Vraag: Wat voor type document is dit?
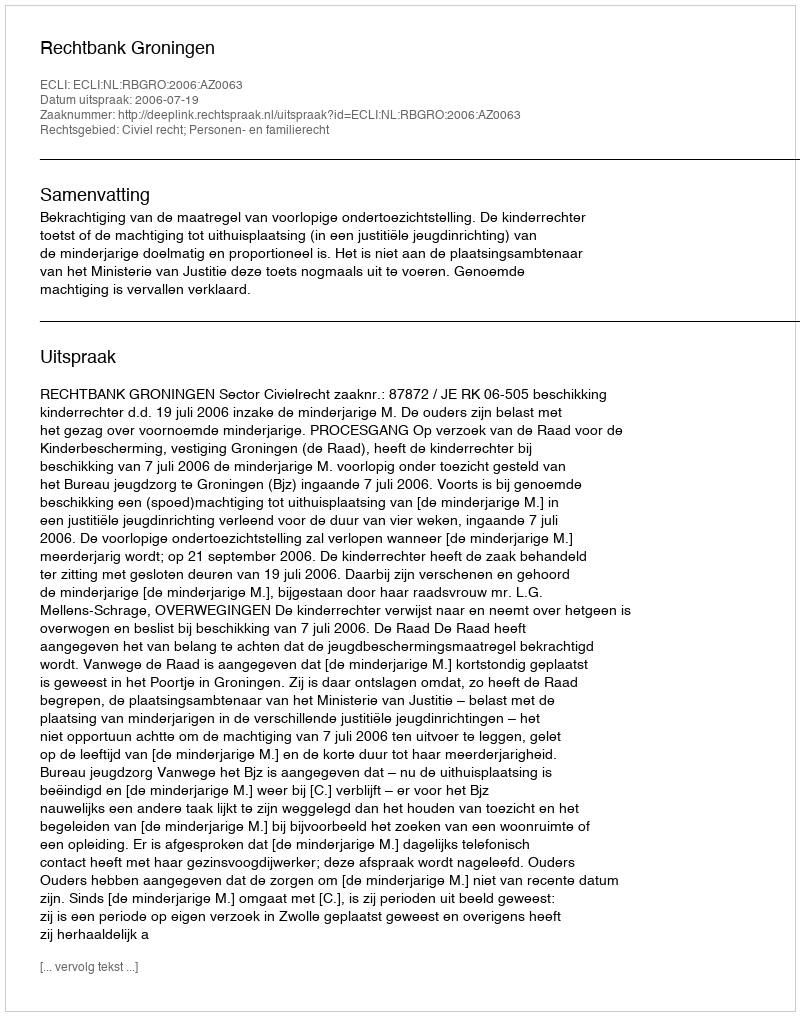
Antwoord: Uitspraak